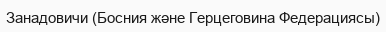
Занадовичи (Босния және Герцеговина Федерациясы)